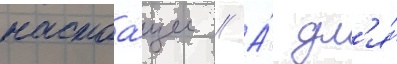
настоа́щее // А́ дл'я́